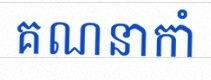
គណនាកាំ